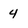
Character: 4